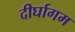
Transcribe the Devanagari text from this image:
दीर्घागम